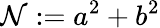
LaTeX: \mathcal{N}:=a^{2}+b^{2}